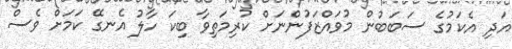
އަދި އެކަމުގެ ސަބަބުން މުވައްޒަފުންނަށް ކުރިމަތިވާ ބިކަ ހާލު އެނގޭ ކަމަށް ވެސް